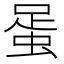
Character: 𧋩